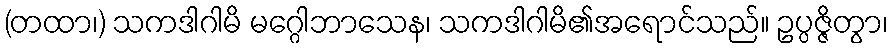
(တထာ၊) သကဒါဂါမိ မဂ္ဂေါဘာသေန၊ သကဒါဂါမိ၏အရောင်သည်။ ဥပ္ပဇ္ဇိတွာ၊